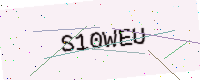
Text: S10WEU